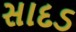
સાદડ